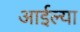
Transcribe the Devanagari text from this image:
आईल्या